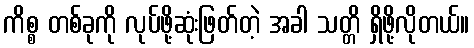
ကိစ္စ တစ်ခုကို လုပ်ဖို့ဆုံးဖြတ်တဲ့ အခါ သတ္တိ ရှိဖို့လိုတယ်။